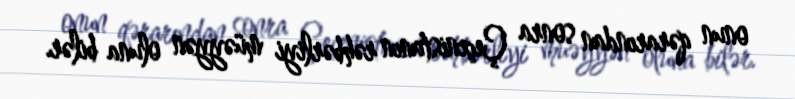
onun qərarından sonra Çeçenistanın rəhbərliyi müəyyən oluna bilər.